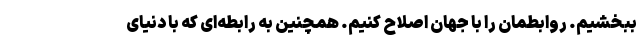
ببخشیم. روابطمان را با جهان اصلاح کنیم. همچنین به رابطه‌ای که با دنیای